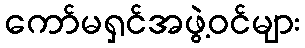
ကော်မရှင်အဖွဲ့ဝင်များ